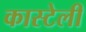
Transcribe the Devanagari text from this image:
कास्टेली